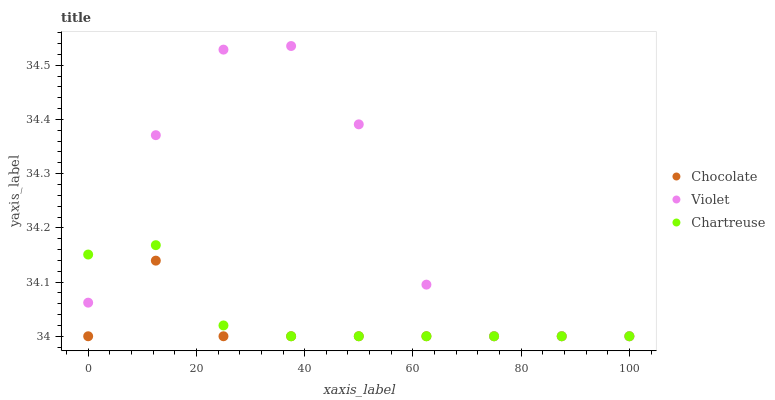
| xaxis_label | Chocolate | Violet | Chartreuse |
 | --- | --- | --- | --- |
 | 0 | 34 | 34.1 | 34.2 |
 | 12.5 | 34.1 | 34.4 | 34.2 |
 | 25 | 34 | 34.5 | 34 |
 | 37.5 | 34 | 34.5 | 34 |
 | 50 | 34 | 34.4 | 34 |
 | 62.5 | 34 | 34.1 | 34 |
 | 75 | 34 | 34 | 34 |
 | 87.5 | 34 | 34 | 34 |
 | 100 | 34 | 34 | 34 |